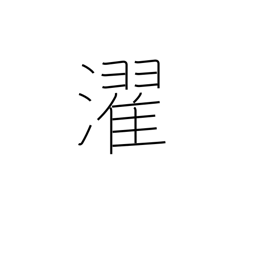
Meaning: laundry